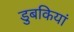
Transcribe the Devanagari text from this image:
डुबकियां